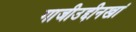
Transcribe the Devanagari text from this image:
गाजीउद्दीनखां